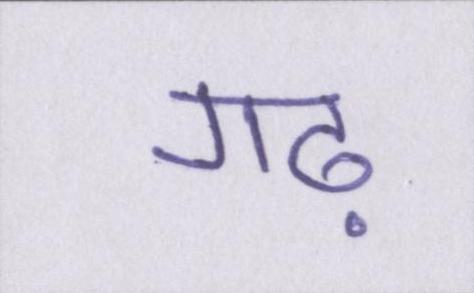
गढ़